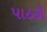
પાઠકો